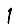
Digit: 1